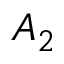
A _ { 2 }